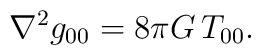
\nabla^{2}g_{00}=8\pi G\, T_{00}.